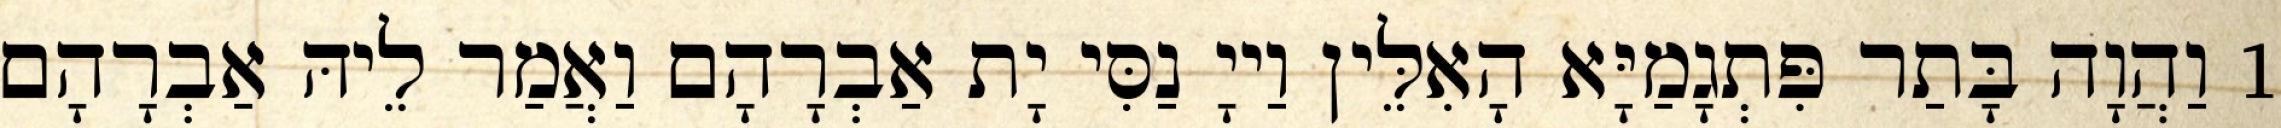
1 וַהֲוָה בָּתַר פִּתְגָמַיָּא הָאִלֵּין וַייָ נַסִּי יָת אַבְרָהָם וַאֲמַר לֵיהּ אַבְרָהָם